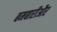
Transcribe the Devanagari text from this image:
बमबारीऔर